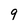
Character: 9